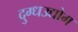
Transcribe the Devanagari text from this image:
दुग्धउद्योग